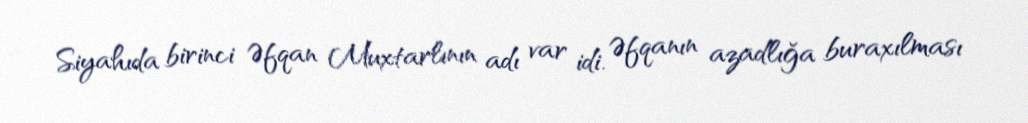
Siyahıda birinci Əfqan Muxtarlının adı var idi. Əfqanın azadlığa buraxılması